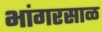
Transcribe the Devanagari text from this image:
भांगरसाळ